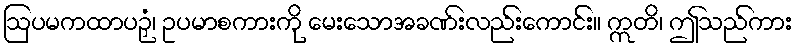
ဩပမကထာပဉှံ၊ ဥပမာစကားကို မေးသောအခဏ်းလည်းကောင်း။ ဣတိ၊ ဤသည်ကား